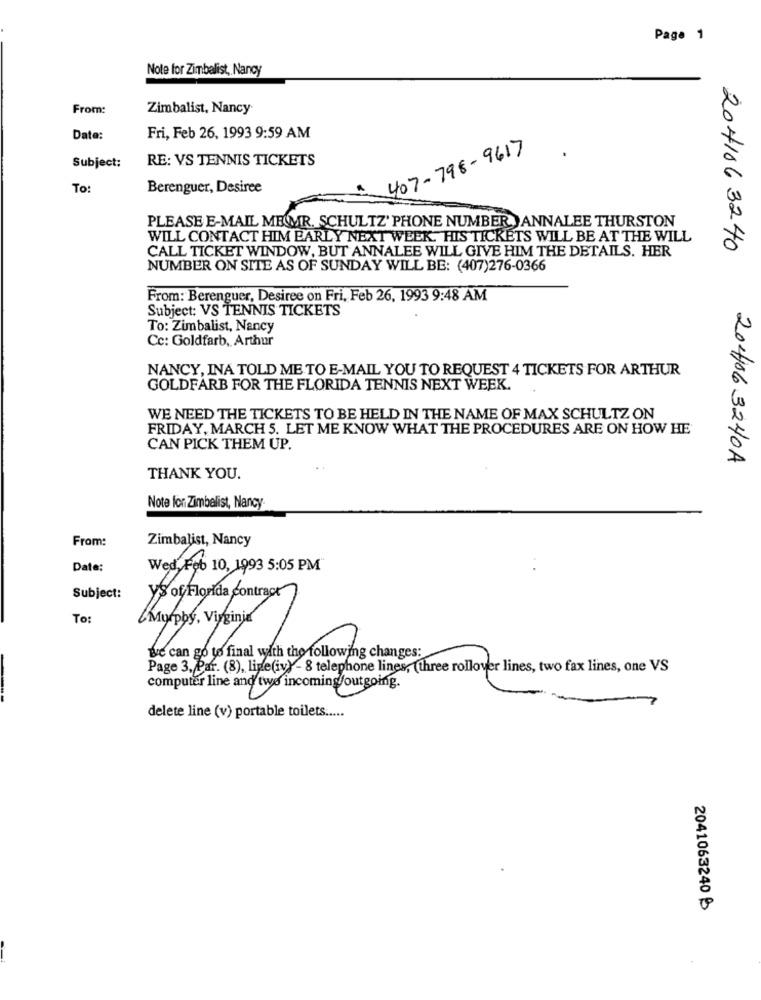
Page 1
Note for Zimbalist, Nancy
From:
Zimbalist, Nancy
Date:
Fri, Feb 26, 1993 9:59 AM
407-798-9617
Subject:
RE: VS TENNIS TICKETS
To:
Berenguer, Desiree
PLEASE E-MAIL MEMR. SCHULTZ' PHONE NUMBER )ANNALEE THURSTON
WILL CONTACT HIM EARLY NEXT WEEK. HIS TICKETS WILL BE AT THE WILL
CALL TICKET WINDOW, BUT ANNALEE WILL GIVE HIM THE DETAILS. HER
2041063240
NUMBER ON SITE AS OF SUNDAY WILL BE: (407)276-0366
From: Berenguer, Desiree on Fri, Feb 26, 1993 9:48 AM
Subject: VS TENNIS TICKETS
To: Zimbalist, Nancy
Cc: Goldfarb, Arthur
NANCY, INA TOLD ME TO E-MAIL YOU TO REQUEST 4 TICKETS FOR ARTHUR
GOLDFARB FOR THE FLORIDA TENNIS NEXT WEEK.
WE NEED THE TICKETS TO BE HELD IN THE NAME OF MAX SCHULTZ ON
FRIDAY, MARCH 5. LET ME KNOW WHAT THE PROCEDURES ARE ON HOW HE
CAN PICK THEM UP.
20406 3240A
THANK YOU.
Note for Zimbalist, Nancy
From:
Zimbalist, Nancy
Date:
Wed, Feb 10, 1993 5:05 PM"
Subject:
To:
Murphy, Virginia
Be can go to final with the following changes:
Page 3, Par. (8), line(iv) - 8 telephone lines, (three rollover lines, two fax lines, one VS
computer line and two incoming//outgoing.
delete line (v) portable toilets .....
2041063240 ₺